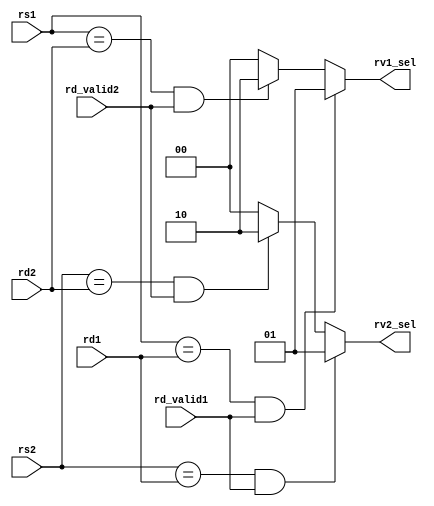
module forwarder(
	input [4:0] rs1,rs2,  // registers to be forwarded
	
	input [4:0] rd1,rd2,		//1 has high priority than 2
	//input [31:0] rwdata1,rwdata2,	// possible replacement for rv1,rv2
	input rd_valid1,rd_valid2,	
	
	output reg [1:0] rv1_sel,rv2_sel
);
	always @(*) begin
		//frv1 update
		if (rs1==rd1 && rd_valid1==1)
			// frv1<=rwdata1;
			rv1_sel<=1;
		else if (rs1==rd2 && rd_valid2==1) 
			// frv1<=rwdata2;
			rv1_sel<=2;	
		else
			// frv1<=rv1;
			rv1_sel<=0;
		//frv2 update
		if (rs2==rd1 && rd_valid1==1)
			rv2_sel<=1;// frv2<=rwdata1;
		else if (rs2==rd2 && rd_valid2==1) 
			rv2_sel<=2;//frv2<=rwdata2;
		else
			rv2_sel<=0;//frv2<=rv2;
	end

endmodule